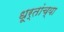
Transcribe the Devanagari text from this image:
धूर्तांच्या